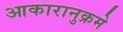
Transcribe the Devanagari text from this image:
आकारानुक्रमे